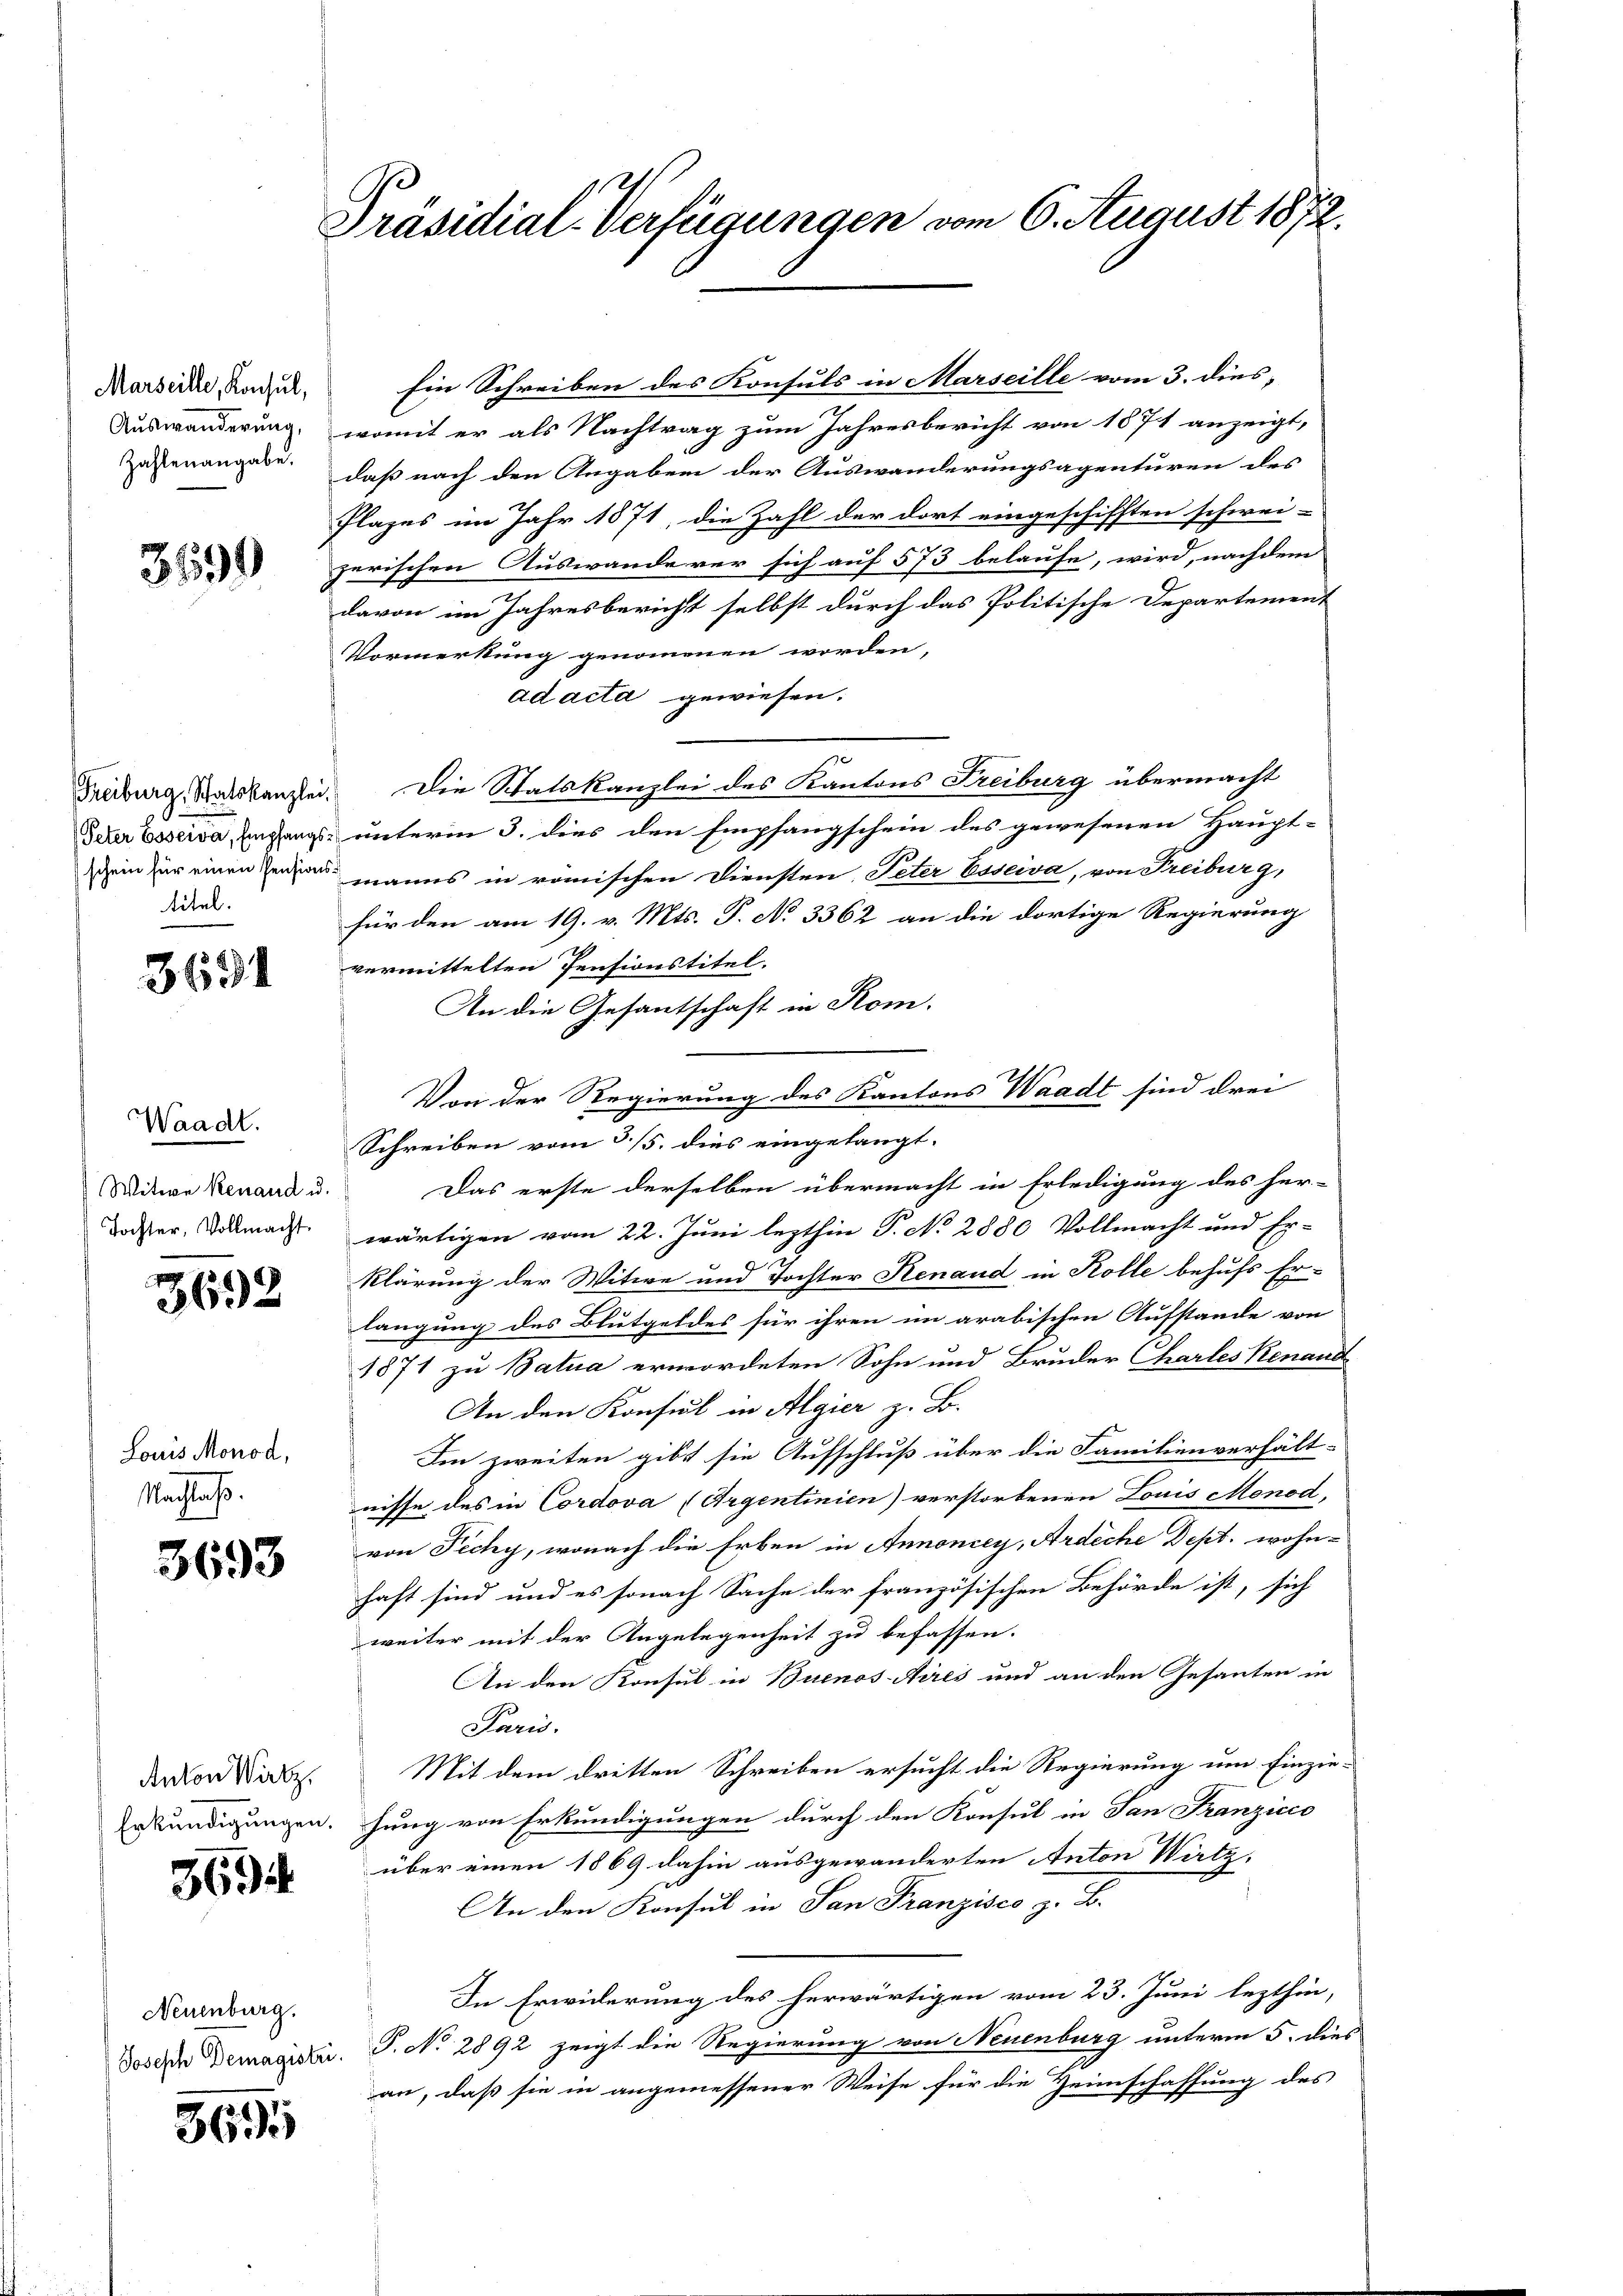
Marseille, Konsul,
Auswanderung,
Zahlenangabe.

359.

Freiburg, Statskanzlei,
Peter Esseiva, Empfangsschein für einen Pensionstitel.

3631

Waadt.
Witwe Renaud u.
Tochter, Vollmacht

3692

Louis Monod,
Nachlaß.

3693

Anton Witz.
Erkundigungen.

3694

Neuenburg.

369

Präsidial-Verfügungen vom 6. August 1872.

Ein Schreiben des Konsuls in Marseille vom 3. dies,
womit er als Nachtrag zum Jahresbericht von 1871 anzeigt,
daß nach den Angaben der Auswanderungsagenturen des
Plazes im Jahr 1871, die Zahl der dort eingeschifften schwei-
zerischen Auswande ver sich auf 573 belaufe, wird, nachdem
davon im Jahresbericht selbst durch das Politische Departement
Vormerkung genommenen worden,
ad acta gewiesen.
Die Schatskanzlei des Kantons Freiburg übermacht
unterm 3. dies den Empfangschein des gewesenen Haupt-
manns in römischen Diensten Peter Esseiva, von Freiburg,
für den am 19. v. Mts. T. No 3362 an die dortige Regierung
vermittelten Pensionstitel.
An die Gesantschaft in Rom.
Von der Regierung des Kantons Waadt sind drei
Schreiben vom 3/5. dies eingelangt.
Das erste derselben übermacht in Erledigung des her-
wärtigen vom 22. Juni lezthin P. No 2880 Vollmacht und Er-
klärung der Witwe und Tochter Renaud in Kolle behufs Er-
langung des Blutgeldes für ihren im arabischen Aufstande von
1871 zu Batua erwordeten Sohn und Bruder Charles Renaud
An den Konsidl in Algier z. B.
Im zweiten gibt sie Aufschluß über die Familienverhält-
nisse des in Cordova (Argentinien) verstorbenen Louis Moned
von Fechy, wonach die Erben in Annoncey, Ardiche Dept. wohn-
haft sind und es sonach Sache der französischen Behörde ist, sich
weiter mit der Angelegenheit zu befassen.
An den Konsul in Buenos Aires und an den Gesanten in
Paris.
Mit dem dritten Schreiben ersucht die Regierung eine Einzinhung von Erkundigungen durch den Konsul in San Franzicco
über einen 1869 dahin ausgewanderten Anton Wirtz,
An den Konsul in San Franzisco z. B.
In Erwiderung des herwärtigen vom 23. Juni lezthin,
dosche Demagister. P. No. 2892 zeigt die Regierung von Neuenburg unterm 5. dies
an, daß sie in angemessener Weise für die Heimschaffung des